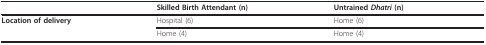
<table><thead><tr><td>[EMPTY_CELL]</td><td><b>Skilled Birth Attendant (n)</b></td><td><b>Untrained <i>Dhatri </i>(n)</b></td></tr></thead><tbody><tr><td><b>Location of delivery </b></td><td>Hospital (6)</td><td>Home (6)</td></tr><tr><td>[EMPTY_CELL]</td><td>Home (4)</td><td>Home (4)</td></tr></tbody></table>